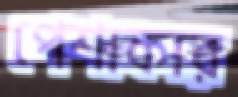
পেশাকার